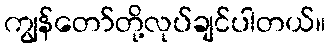
ကျွန်တော်တို့လုပ်ချင်ပါတယ်။